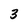
Character: 3